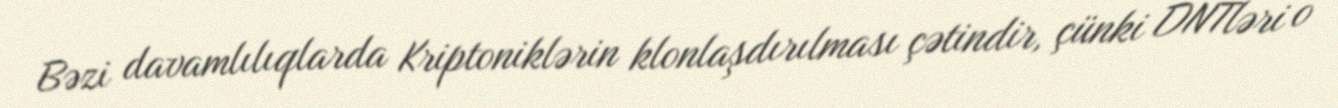
Bəzi davamlılıqlarda Kriptoniklərin klonlaşdırılması çətindir, çünki DNTləri o